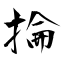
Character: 掄